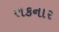
શકનાર